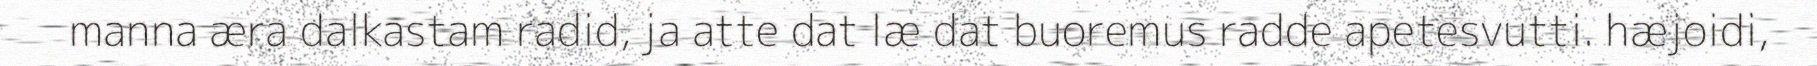
manna æra dalkastam radid, ja atte dat læ dat buoremus radde apetesvutti. hæjoidi,